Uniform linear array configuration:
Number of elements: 64
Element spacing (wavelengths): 0.5
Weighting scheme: hamming
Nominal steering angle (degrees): -30
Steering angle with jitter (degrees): -28.176
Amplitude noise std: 0.05
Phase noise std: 0.05

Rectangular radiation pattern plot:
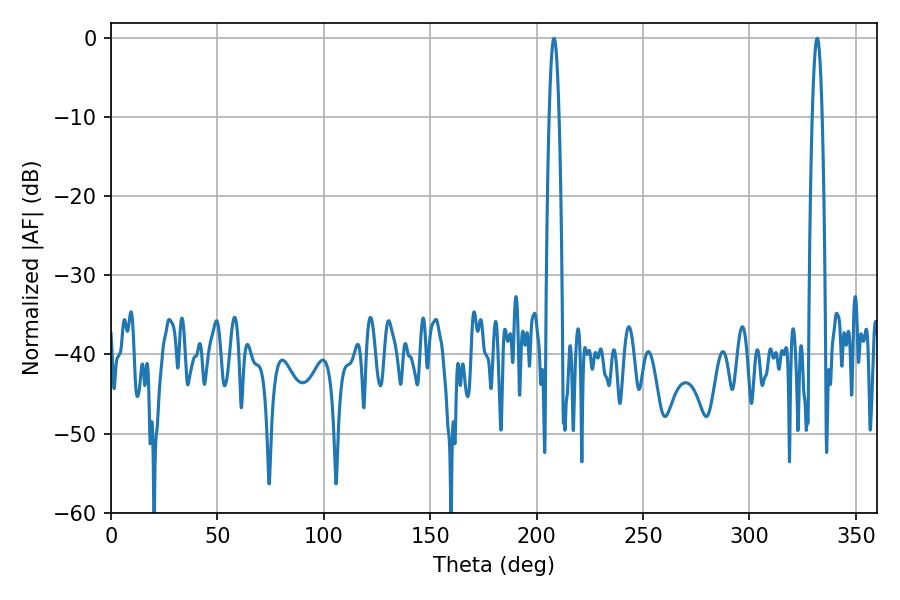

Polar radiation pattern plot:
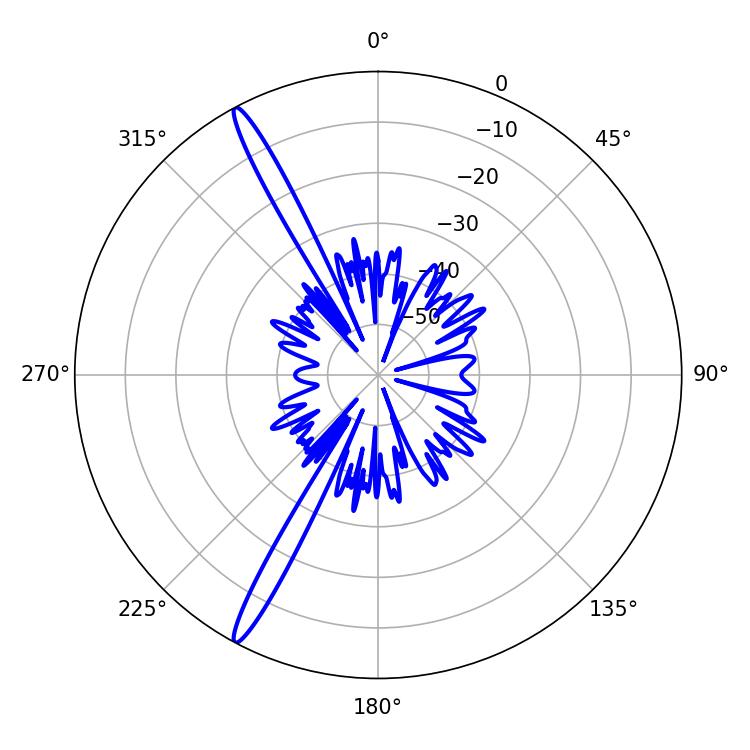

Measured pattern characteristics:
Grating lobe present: FALSE
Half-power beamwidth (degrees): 2.34
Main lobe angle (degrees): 208.08